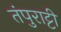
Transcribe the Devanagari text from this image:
तंपुराट्टी